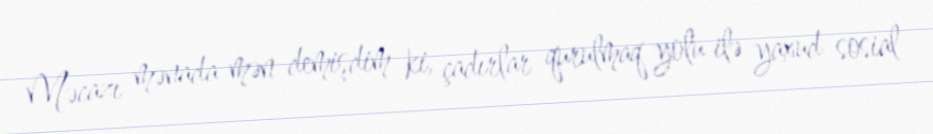
Məcazı mənada mən demişdim ki, çadırlar qurulmaq yolu ilə yaxud sosial